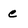
Character: c